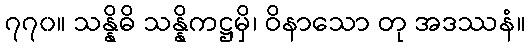
၇၇၀။ သန္နိဓိ သန္နိကဋ္ဌမှိ၊ ဝိနာသော တု အဒဿနံ။